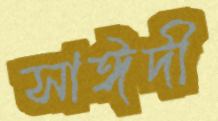
সাঈদী